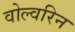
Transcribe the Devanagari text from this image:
वोल्वरिन